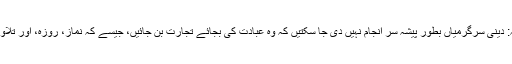
لہذا جو علمائے کرام دینی سرگرمیوں پر اجرت لینے کو جائز نہیں سمجھتے ان کا کہنا ہے کہ: دینی سرگرمیاں بطورِ پیشہ سر انجام نہیں دی جا سکتیں کہ وہ عبادت کی بجائے تجارت بن جائیں، جیسے کہ نماز، روزہ، اور تلاوت وغیرہ بطور عبادت تو کی جا سکتی ہیں بطورِ ذریعۂ اجرت اور تجارت نہیں کی جا سکتیں۔